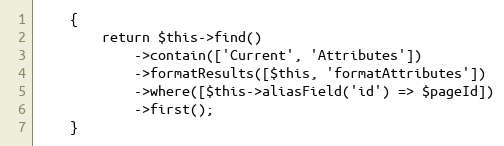
Language: PHP
    {
        return $this->find()
            ->contain(['Current', 'Attributes'])
            ->formatResults([$this, 'formatAttributes'])
            ->where([$this->aliasField('id') => $pageId])
            ->first();
    }